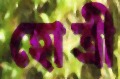
হোত্রী